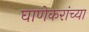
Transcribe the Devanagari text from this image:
घाणेकरांच्या